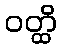
ဝတ္ထိ